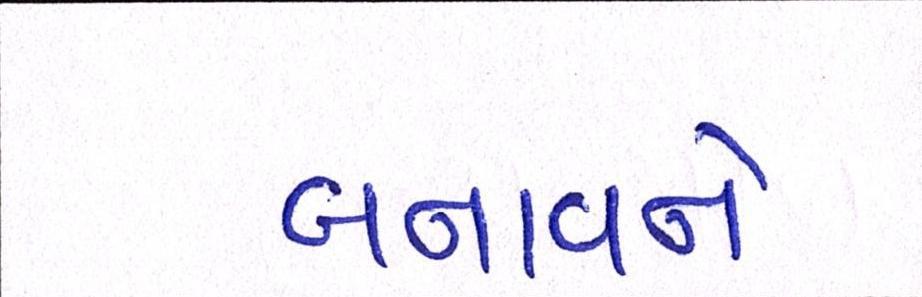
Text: બનાવને